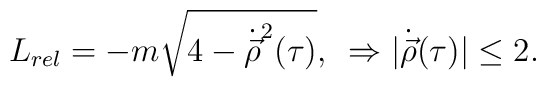
L_{rel}=-m\sqrt{4-\dot{\vec{\rho}}^{2}(\tau )},\,\,\, \Rightarrow |{\dot {\vec\rho}}(\tau )| \leq 2.